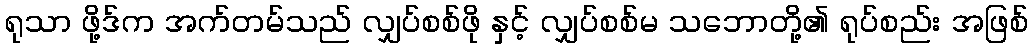
ရုသာ ဖို့ဒ်က အက်တမ်သည် လျှပ်စစ်ဖို နှင့် လျှပ်စစ်မ သဘောတို့၏ ရုပ်စည်း အဖြစ်